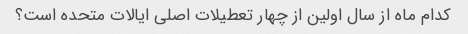
کدام ماه از سال اولین از چهار تعطیلات اصلی ایالات متحده است؟